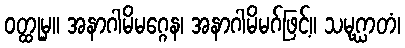
ဝတ္ထုမှ။ အနာဂါမိမဂ္ဂေန၊ အနာဂါမိမဂ်ဖြင့်။ သမုဂ္ဃာတံ၊